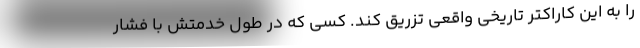
را به این کاراکتر تاریخی واقعی تزریق کند. کسی که در طول خدمتش با فشار